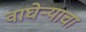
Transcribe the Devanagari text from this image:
वाघेऱ्याचा